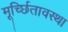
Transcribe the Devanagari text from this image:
मूर्च्छितावस्था